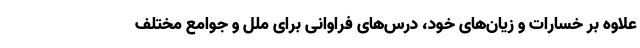
علاوه بر خسارات و زیان‌های خود، درس‌های فراوانی برای ملل و جوامع مختلف